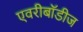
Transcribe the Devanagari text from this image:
एवरीबॉडीज